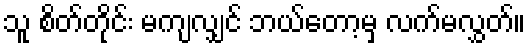
သူ စိတ်တိုင်း မကျလျှင် ဘယ်တော့မှ လက်မလွှတ်။